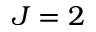
J = 2